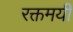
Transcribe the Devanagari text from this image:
रक्तमयी